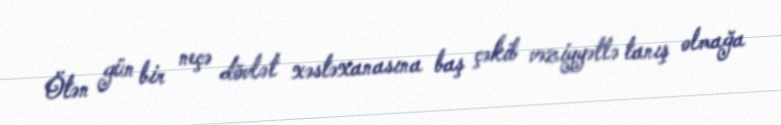
Ötən gün bir neçə dövlət xəstəxanasına baş çəkib vəziyyətlə tanış olmağa